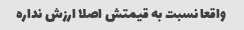
واقعا نسبت به قیمتش اصلا ارزش نداره